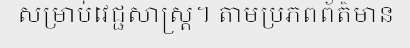
សម្រាប់វេជ្ជសាស្ត្រ។ តាមប្រភពព័ត៌មាន